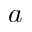
a